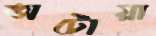
অটোয়া